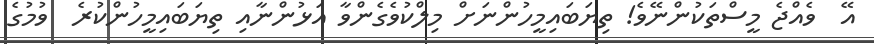
އޭ  ވެއްޖެ މީސްތަކުންނޭވެ! ތިޔަބައިމީހުންނަށް މިލްކުވެގެންވާ އަޅުންނާއި ތިޔަބައިމީހުންކުރެ  ވުމުގެ